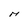
Character: M